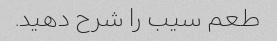
طعم سیب را شرح دهید.